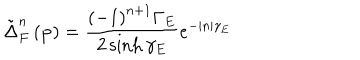
\tilde { \Delta } _ { F } ^ { n } \left( \mathbf { p } \right) = \frac { \left( - 1 \right) ^ { n + 1 } \Gamma _ { E } } { 2 \sinh \gamma _ { E } } e ^ { - | n | \gamma _ { E } }